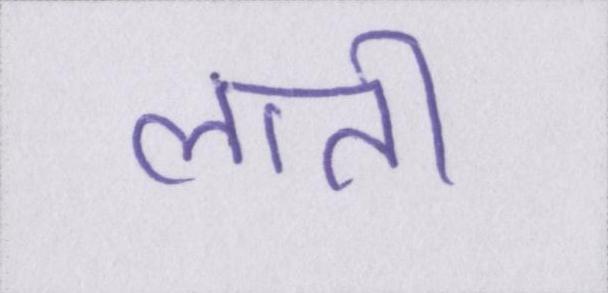
लाती